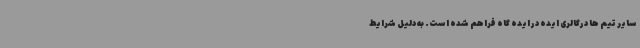
سایر تیم ها درگالری ایده در ایده گاه فراهم شده است. به دلیل شرایط